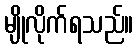
မျိုလိုက်ရသည်။